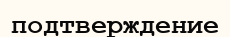
подтверждение